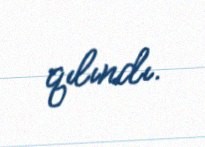
qılındı.